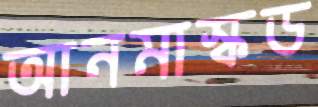
আনমাস্কড